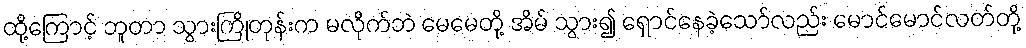
ထို့ကြောင့် ဘူတာ သွားကြိုတုန်းက မလိုက်ဘဲ မေမေတို့ အိမ် သွား၍ ရှောင်နေခဲ့သော်လည်း မောင်မောင်လတ်တို့